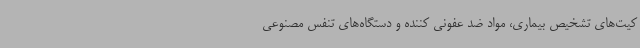
کیت‌های تشخیص بیماری، مواد ضد عفونی کننده و دستگاه‌های تنفس مصنوعی